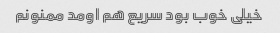
خیلی خوب بود سریع هم اومد ممنونم